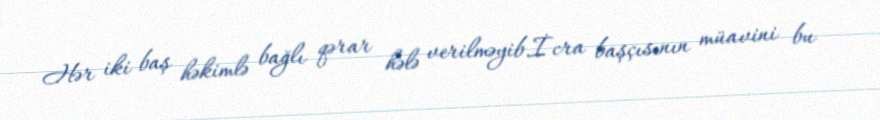
Hər iki baş həkimlə bağlı qərar hələ verilməyib.İcra başçısının müavini bu